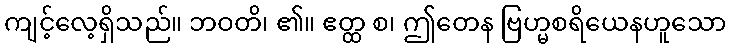
ကျင့်လေ့ရှိသည်။ ဘဝတိ၊ ၏။ ဧတ္ထ စ၊ ဤတေန ဗြဟ္မစရိယေနဟူသော